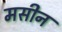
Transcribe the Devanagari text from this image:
मसीन